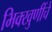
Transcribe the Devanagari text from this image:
भिक्खुणींचे